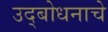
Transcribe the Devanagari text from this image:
उद्‌बोधनाचे